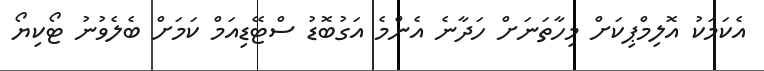
އެކަމަކު އޮލިމްޕިކަށް މިހާތަނަށް ހަދާނެ އެންމެ އަގުބޮޑު ސްޓޭޑިއަމް ކަމަށް ބެލެވުނު ޓޯކިޔޯ